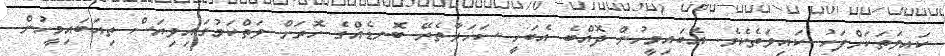
ކައިވަތަކަށްފަހު ކައިވަތެކެވެ. އެބައިމީހުން ދޮއްބެ އެބަހީ ސަހަރާތެރޭ ބޮނޑެއްގެ ހޮރަށް ވަތްކަމުގައިވިޔަސް ތިއަބައިމީހުން